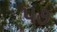
પ૭